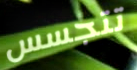
تتجسس